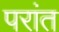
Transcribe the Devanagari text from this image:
परांत